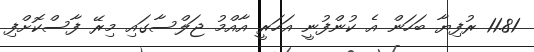
11.81 ރުފިޔާ ބަހަން އެ ކުންފުނީ އަހަރީ އާއްމު ޖަލްސާގައި މިރޭ ފާސްކޮށްފި